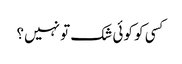
کسی کو کوئی شک تو نہیں؟